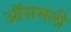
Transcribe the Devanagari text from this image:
ऑसमली